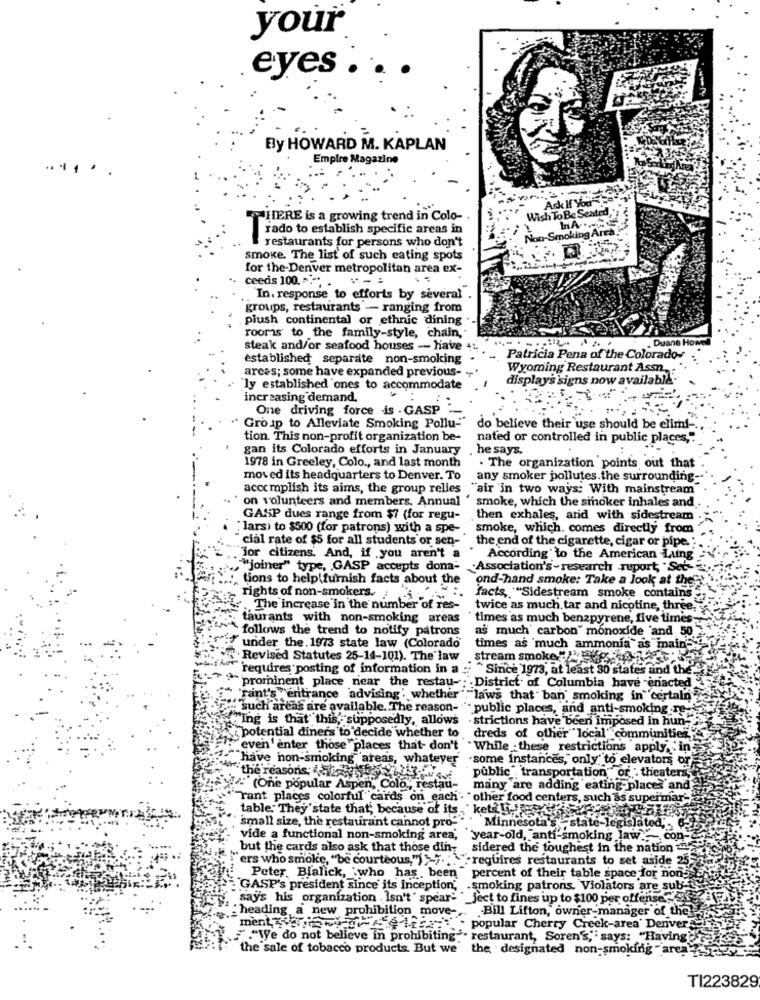
your
eyes .
By HOWARD M. KAPLAN
Empire Magazine
......
Ask If You"!
Wish To Be Seated,"
THERE is a growing trend in Colo- .
rado to establish specific areas in
Non-Smoking Are
restaurants for persons who don't
smoke. The list of such cating spots
for the-Denver metropolitan area ex-
ceeds 100. ~***
"In. response to efforts by several
groups, restaurants - ranging from
plush continental or ethnic dining .
rooms to the family-style, chain,
Duane How
steak and/or seafood houses - have
established separate non-smoking
Patricia Pena of the Colorado-
areas; some have expanded previous- --
Wyoming Restaurant Assn.
display's 'signs now available.
ly established ones to accommodate
increasing demand,
One driving force -is . GASP
Group to Alleviate Smoking Pollu-
do believe their use should be elimi-
tion. This non-profit organization be-
nated or controlled in public places,".
gan its Colorado efforts in January
he says.
1978 in Greeley, Colo ., and last month
. The organization points out that
moved its headquarters to Denver. To any smoker pollutes.the surrounding-
accomplish its aims, the group relles "air 'in two ways: With mainstream
on volunteers and members, Annual '
smoke, which the smoker inhales and
GASP dues range from $7 (for regu-
then exhales, and with sidestream
"lars) to $500 (for patrons) with a spe- smoke, which. comes directly from
cial rate of $5 for all students or sen-
the end of the cigarette, cigar or pipe.
"for citizens. And, if you aren't a
According to the American Lung
"joiner" type, GASP accepts dona- Association's-research report, Set-
:, tions to help furnish facts about the
ond-hand smoke: Take a look at thee
rights of non-smokers. : -
facts, ""Sidestream smoke contains
.The increase in the number of res-
twice as much, tar and nicotine, three,
taurants with non-smoking areas
" times as much benzpyrene, five times ;.
follows the trend to notify patrons
as much' carbon" monoxide 'and 50
under the. 1973 state law (Colorado
times as much ammonia as maine
"Revised Statutes 25-14-101). The law
stream smoke " >10
requires posting of information in a
"Since 1973, at least 30 states and the.
"prominent place near the restau -; District of Columbia have enacted
"tant's ""entrance advising' whether","laws that' ban smoking in" certain
. such areas are available. The reason- " public places, and anti-smoking re-
Hing is that this, supposedly, allows
- strictions have been imposed in hun-
¿potential diners to decide whether to
dreds of other "local" communities"
even 'enter those places that don't .While .these restrictions apply, in
"have non-smoking areas, whatever' .some instances," only" to elevators or
the reasonis;
public transportation" or : theaters,
(One popular Aspen, Colo ., restau-
many are adding eating-places and
Tant places colorful cards on each - "other food centers, such as supermar-
table. They'state that; because of its, kets is
small size, the restaurant cannot pro-" '
Minnesota's -state-legislated,
vide a functional non-smoking area, ""year-old, anti-smoking law.con-
but the cards also ask that those din, sidered the toughest in the nation
"ers who smoke, "be courteous,""}". .. ""requires restaurants to set aside 25-
Peter, Bialick, who has been "percent of their table space for nong
."GASP's president since its Inception, . smoking patrons. Violators are sub-
" say's his organization . Isn't' spear- "_ject to fines up to $100 per offense."Cs
.- Bill Lifton, owner-manager of the
heading a new prohibition move ---
ment, hoffe - popular Cherry Creek-area' Denver&
5 .We do not believe in prohibiting"
ing- restaurant, Soren's, says: "Having'
the sale of tobacco products. But we the designated non-smoking area-
TI223829